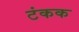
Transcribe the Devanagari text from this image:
टंकक